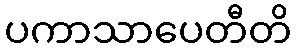
ပကာသာပေတီတိ